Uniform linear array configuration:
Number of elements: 24
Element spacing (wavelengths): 0.5
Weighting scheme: cosine
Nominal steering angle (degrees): -60
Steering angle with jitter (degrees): -60.757
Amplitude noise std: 0.05
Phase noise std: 0.05

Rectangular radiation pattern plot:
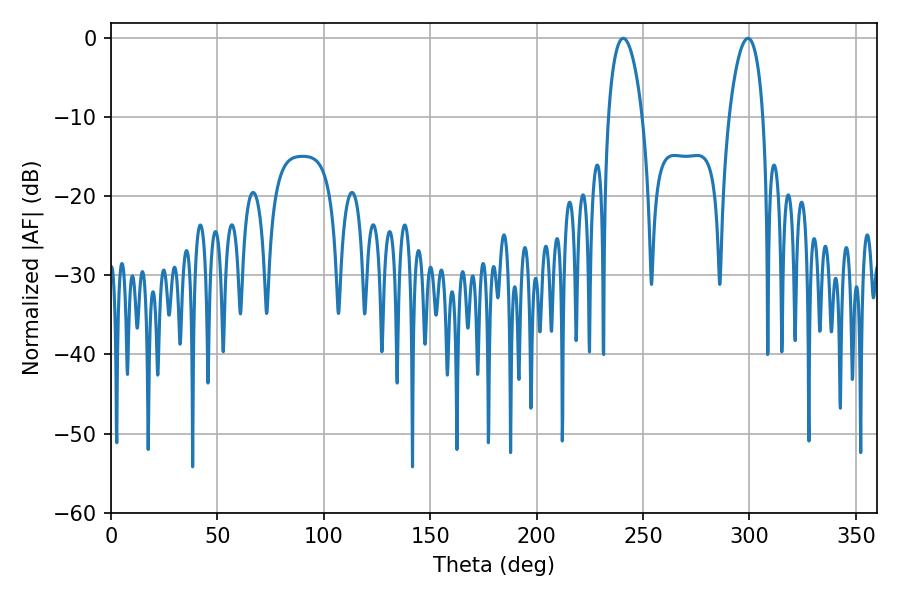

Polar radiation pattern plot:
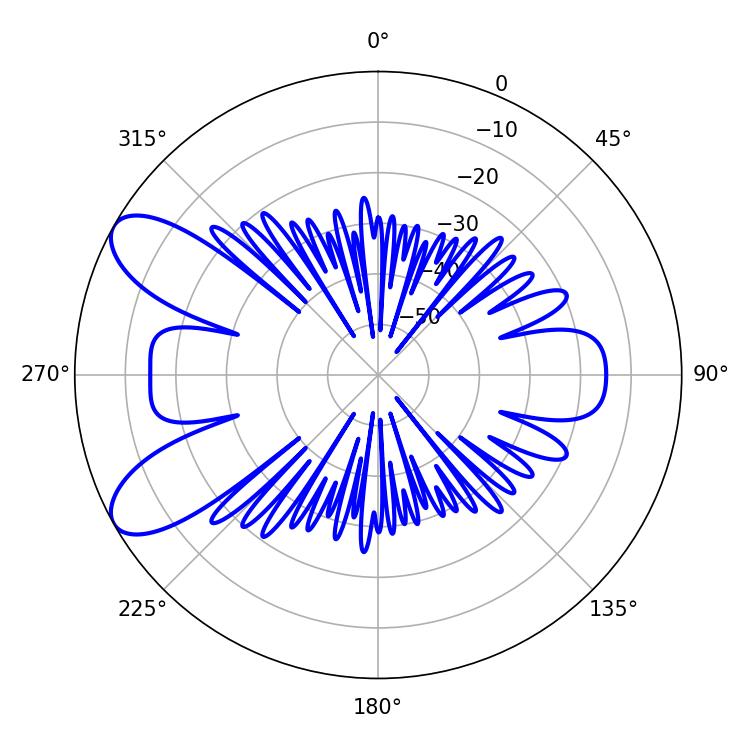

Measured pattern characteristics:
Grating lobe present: FALSE
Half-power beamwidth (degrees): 9
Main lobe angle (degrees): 299.34